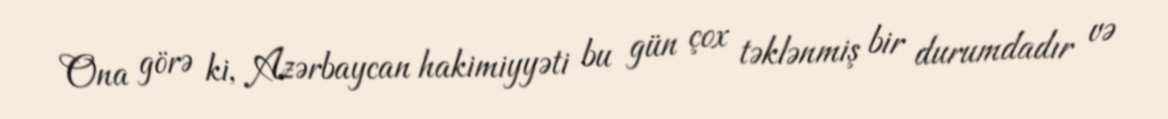
Ona görə ki, Azərbaycan hakimiyyəti bu gün çox təklənmiş bir durumdadır və